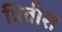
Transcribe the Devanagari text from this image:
प्रितीश